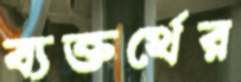
ব্যক্তর্থের